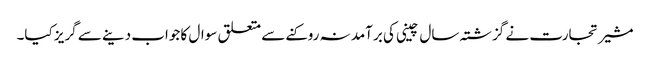
مشیر تجارت نے گزشتہ سال چینی کی برآمد نہ روکنے سے متعلق سوال کا جواب دینے سے گریز کیا۔